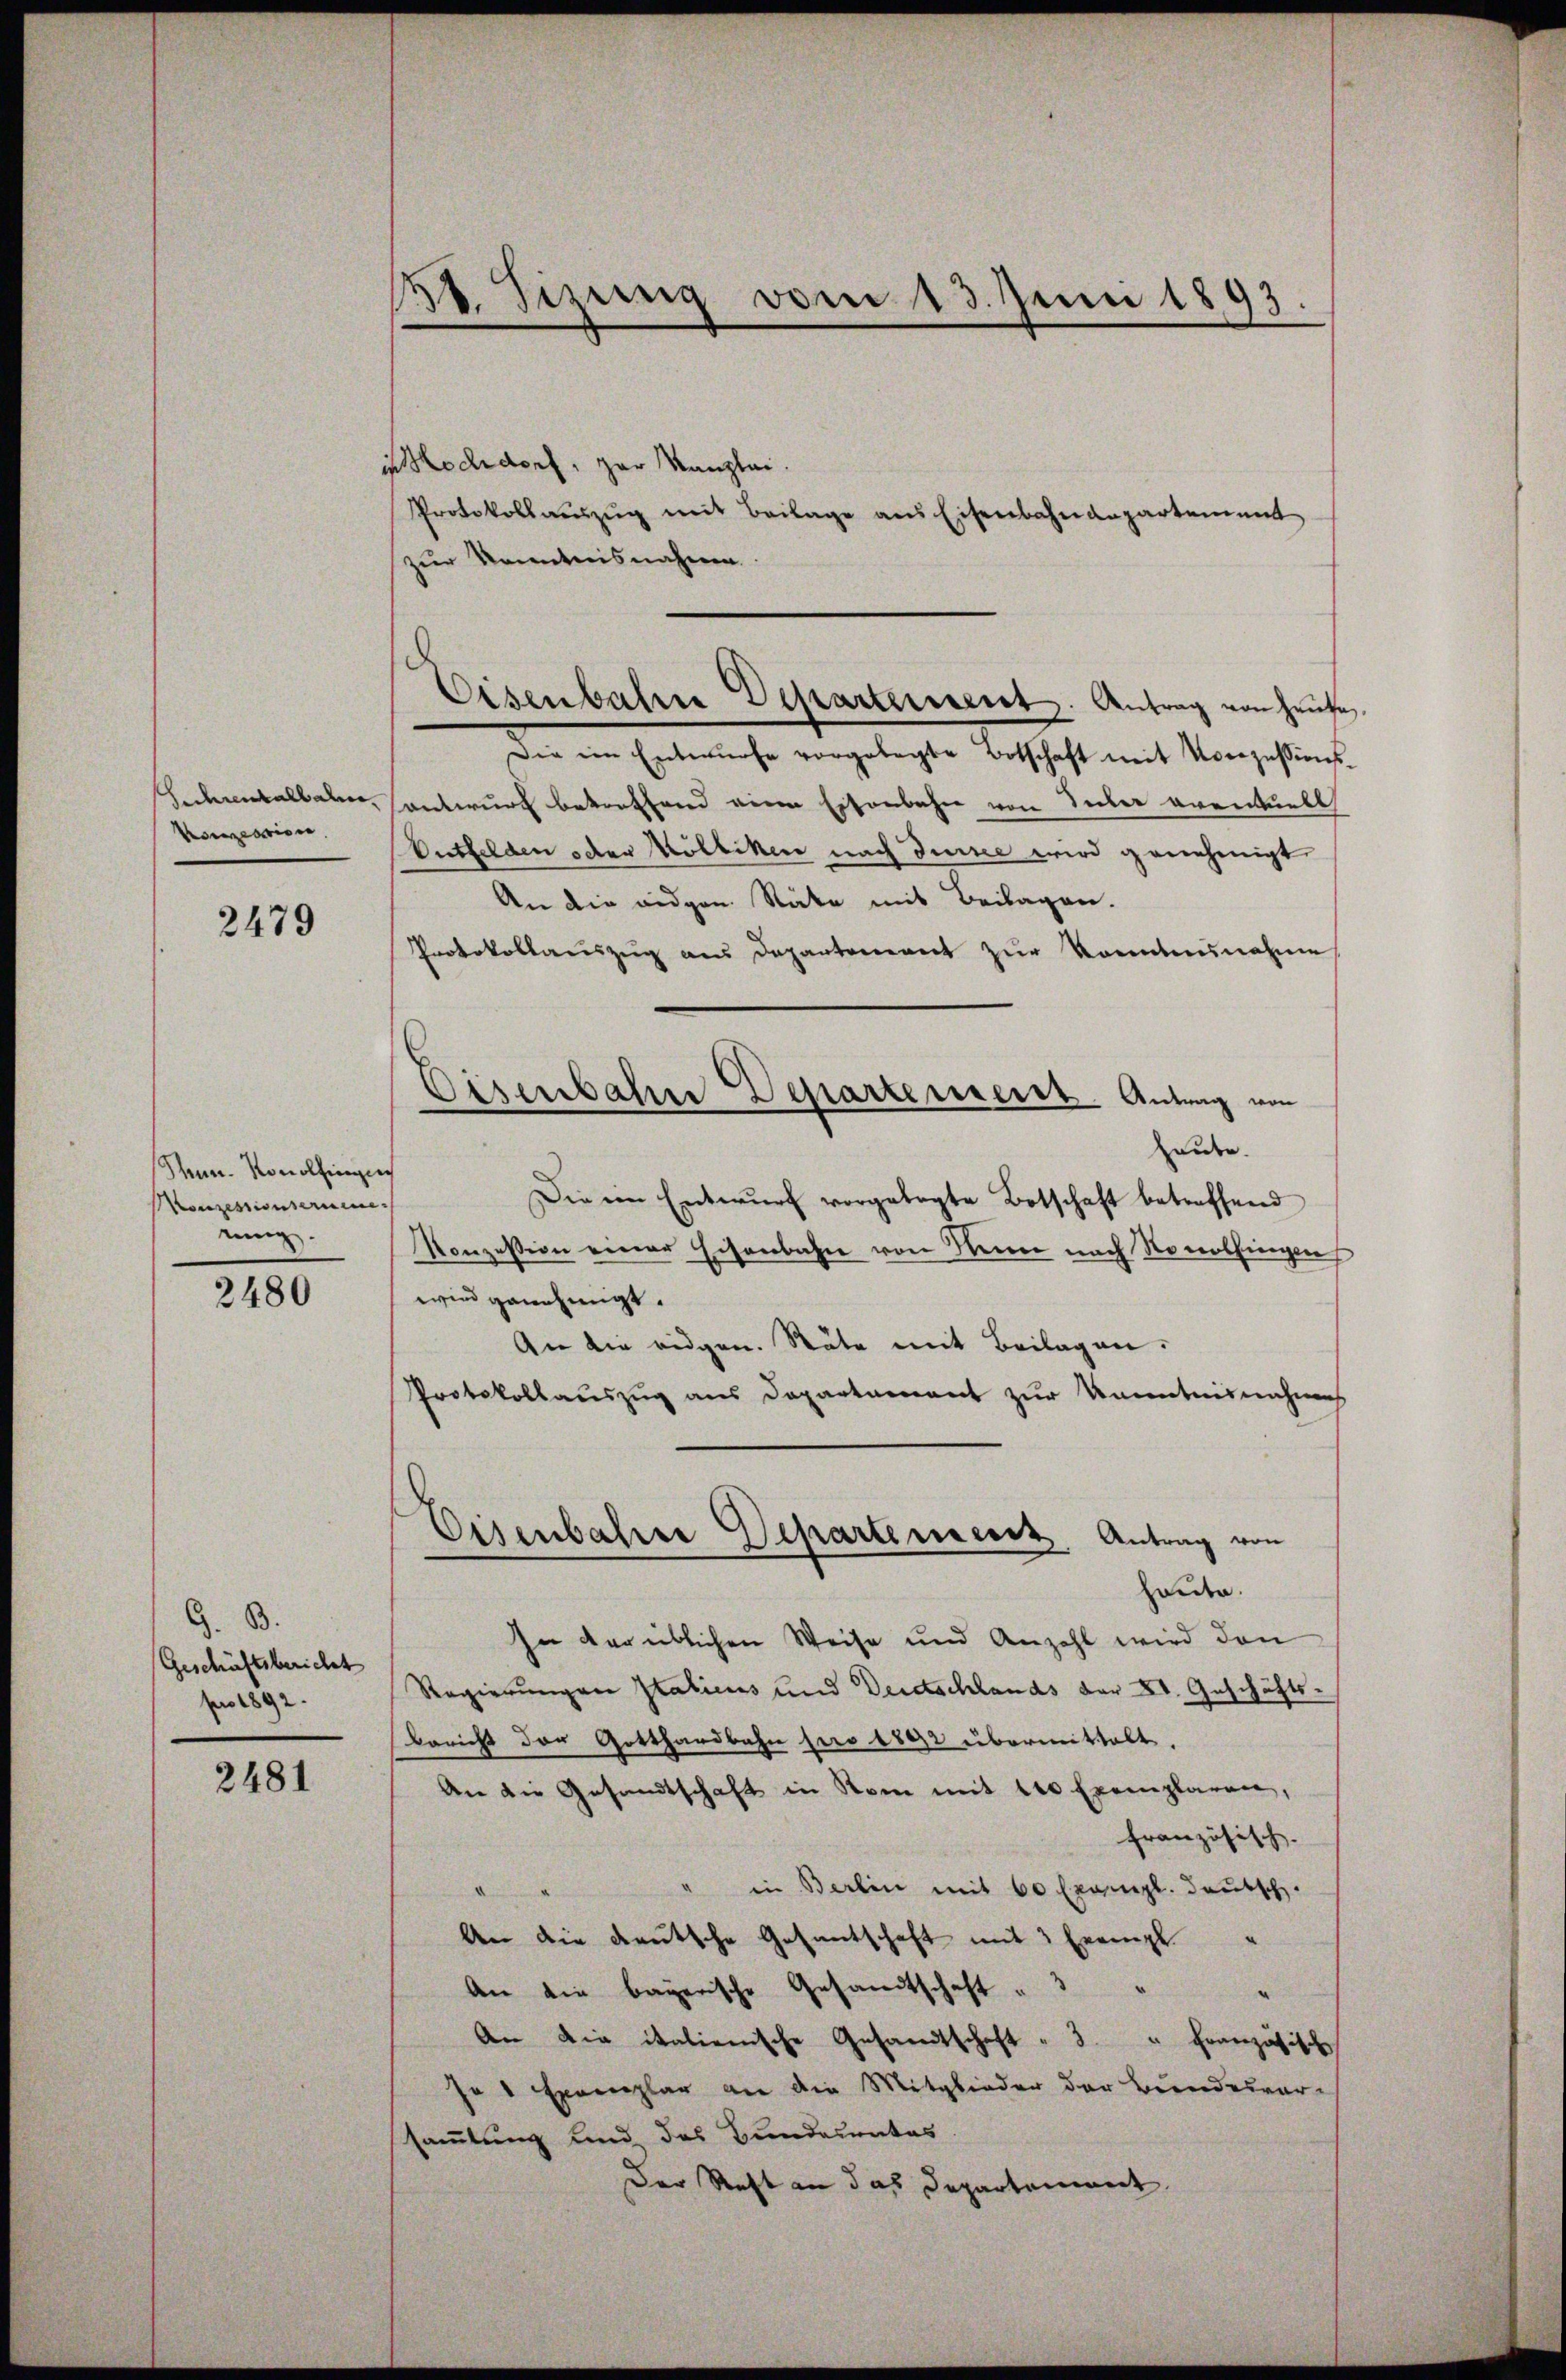
Sederentalbahn.
Vonzession

2479

Sen-Konolfingen
Konzessionserneue
nung.

2480

G. B.
Geschäftsbericht
pro 1892.

2481

in Hochdorf, zur Kanzlei.
Protokollaŭszŭg mit Beilage aus Eisenbahndepartement
zur Kenntnisnahmen.

21. Sizung vom 13. Juni 1893.

Die im Entwurfe vorgelegte Botschaft mit Konzessions
antwurf betreffend eine Eisenbahn von Inter eventuell
Entfelden oder Mölliken nach densee wird genehmigt
An die eidgen. Räte mit Beilagen.
Protokollaŭszŭg aŭs Departement zŭr Konntensnahme,
haube.
Die ein Entwŭrf vorgelegte Botschaft betreffend
Konzession einer Eisenbahn von Seine nach Nonolfingen
wird genehmigt.
An die eidgen. Stäte mit Beilagen:
Protokollauszug aus Departament zur Kenntnisnahms
d
Eisenbahre Departement Antrag von
heute.
In der üblichen Weise und Anzahl wird den
Regierungen Italiens und Deutschlands der XI. Geschäfts-
Bericht der Gotthardbahn pro 1802 übermittelt.
An die Gesandtschaft in Rom mit 100 Exemplaren,
französisch.
in Berlin mit 60 Exempl. deutsch.
An die deutsche Gesantschaft mit 3 Exempl.
An die bayerische Gesandtschaft " "
An die italienische Gesandtschaft " 3. " Französisch
In 1 Exemplar an die Mitglieder der Bundesvere
sammlung und des Bundesrates.
Der Rest an das Departement

.
Eisenbahre Departerieret. Antrag von Heute

Eisenbahne Departererst. Antrag von